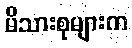
မိသားစုများက